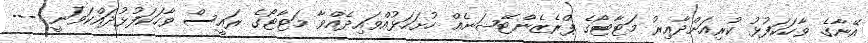
އޭނާގެ ވާހަކަފުޅު ކުރިއަށްދާއިރު މަޓާޓޯގެ ޕްރެޒެންޓޭޝަނެއް ހުށަހަޅުއްވައިދެއްވާ މަޓާޓޯގެ ރައީސް ވާހަކަފުޅުދައްކަވަނީ ---